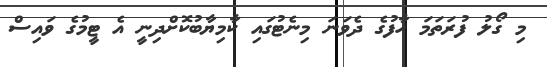
މި ގޯލު ފުރަތަމަ ހާފުގެ ދެވަނަ މިނެޓުގައި ކާމިޔާބުކޮށްދިނީ އެ ޓީމުގެ ވައިސް